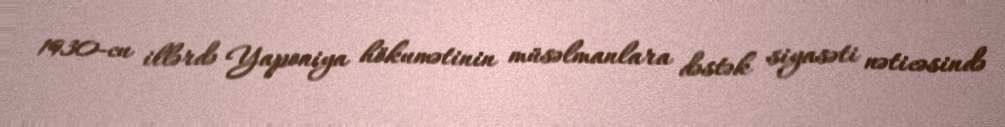
1930-cu illərdə Yaponiya hökumətinin müsəlmanlara dəstək siyasəti nəticəsində